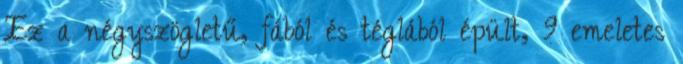
Ez a négyszögletű, fából és téglából épült, 9 emeletes